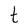
Character: t